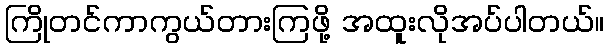
ကြိုတင်ကာကွယ်တားကြဖို့ အထူးလိုအပ်ပါတယ်။